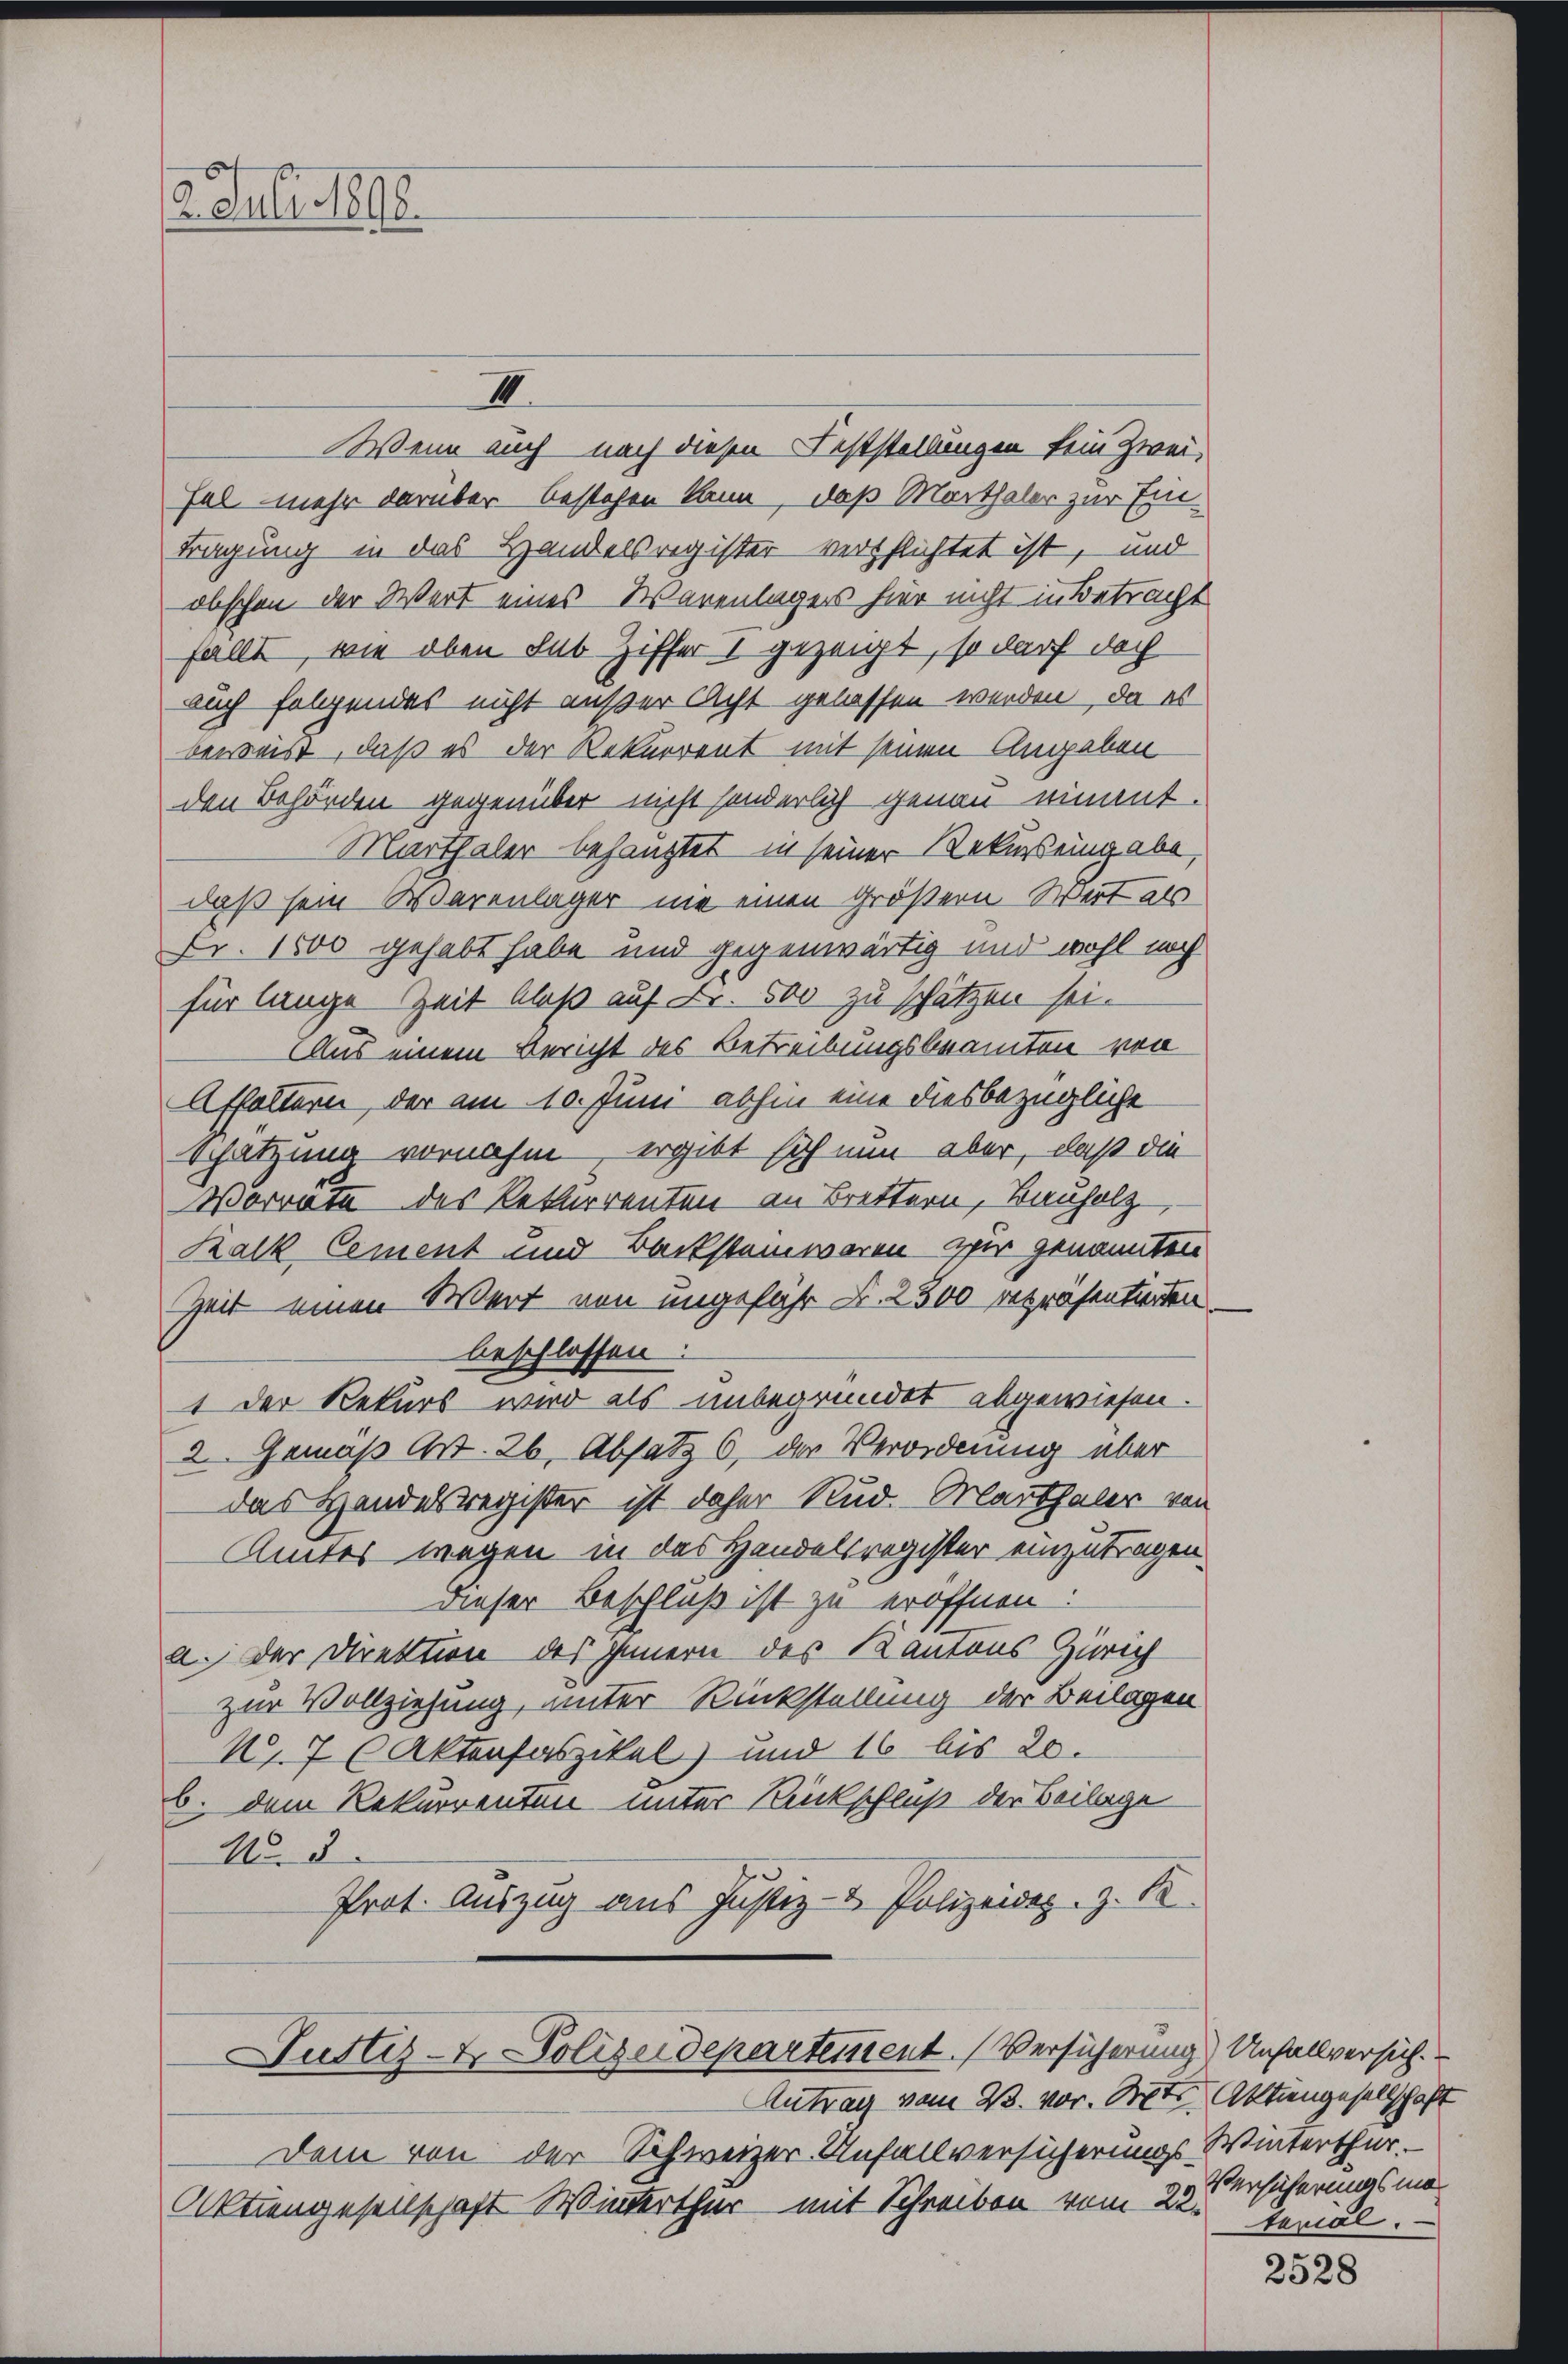
6
2. Juli 1890.

I
Wenn auch nach diesen Feststellungen kein Zwei-
fal mehr darüber bestehen kann, daß Marthaler zur Eintragung in das Handelsregister verpflichtet ist, und
abschon der Wert eines Warenlagers hier nicht in Betracht
fällt, wie oben Sub Ziffer I gezeigt, so darf doch
auch folgendes nicht außer Acht gelassen werden, da es
beweis, daß es der Rekurrent mit seinen Angaben
den Behörden gegenüber nicht sonderlich genau nimmt.
Marthaler behauptet in seiner Rekurs eingabe,
daß sein Warenlager nie einen größern Wert als
Fr. 1500 gehabt habe und gegenwärtig und wohl noch
für lange Zeit bloß auf Fr. 500 zu schätzen sei.
Aus einem Bericht des Betreibungsbeamten von
Affoltern, der am 10. Juni abhin eine diesbezügliche
Schätzung vornahm, ergibt sich nun aber, daß die
Vorrate des Rekurrenten an Brettern, Bauholz
Kalk Cement und Backsteinwaren zur genannten
Zeit einen Wert von ungefähr Fr. 2300 repräsentierten.
beschlossen
1 der Rekurs wird als unbegründet abgewiesen.
2. Gemäß Art. 26. Absatz 6, der Verordnung über
das Handesregister ist daher Rud. Marthaler von
Amtes wegen in das Handelsregister einzutragen.
Dieser Beschluß ist zu eröffnen.
a. Der Direktion des Innern des Kantons Zürich
zur Vollziehung, unter Rückstellung der Beilagen
17 (Aktenfaszikel) und 16 bis 20.
b. dem Rekurrenten unter Rückschluß der Beilage
No. 5.
Prot. Auszug aus Justiz- & Polizeides. z. B.

Justiz- & Polizeidepartement. Versicherung Unfallversich.

Antrag vom 23. vor. Mts. Aktiengesellschaft
Dem von der Schweizer Unfallversicherungs Winterthur.
Aktiengesellschaft Winterthur mit Schreiben vom 22.

Versicherungsmatorial.

2528